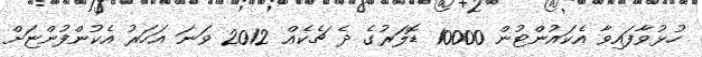
ހުޅުވާފައިވާ އެކައުންޓުން 10000 ޑޮލަރުގެ ދެ ޗެކެއް 2012 ވަނަ އަހަރު އެކުންފުންޏަށް